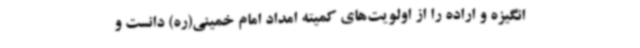
انگیزه و اراده را از اولویت‌های کمیته امداد امام خمینی(ره) دانست و